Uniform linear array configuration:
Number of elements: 24
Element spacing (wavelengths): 0.75
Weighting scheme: hann
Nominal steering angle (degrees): -30
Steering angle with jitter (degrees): -31.341
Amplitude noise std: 0.05
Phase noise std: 0.05

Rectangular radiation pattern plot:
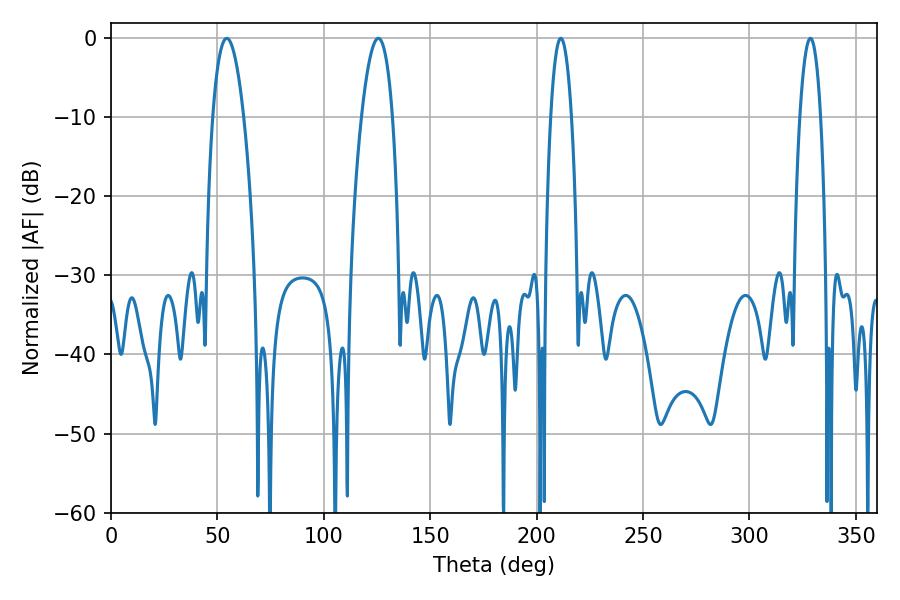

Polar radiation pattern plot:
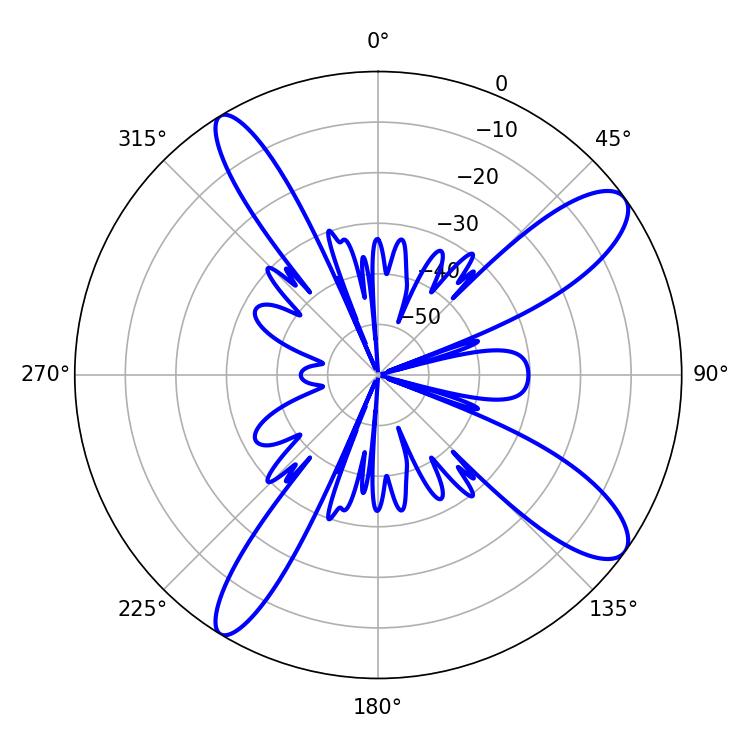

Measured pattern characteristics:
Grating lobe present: TRUE
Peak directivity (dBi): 11.546
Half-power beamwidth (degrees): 8.1
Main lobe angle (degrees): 125.64